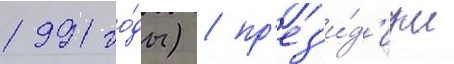
1991 го́ды) / пр'ез'и́д'иум